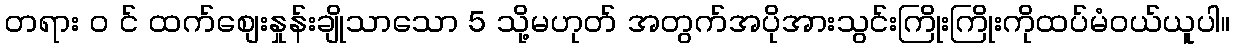
တရား ၀ င် ထက်စျေးနှုန်းချိုသာသော 5 သို့မဟုတ် အတွက်အပိုအားသွင်းကြိုးကြိုးကိုထပ်မံဝယ်ယူပါ။